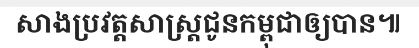
សាងប្រវត្តសាស្ត្រជូនកម្ពុជាឲ្យបាន៕